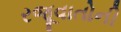
રજૂવાતોની